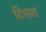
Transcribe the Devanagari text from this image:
विभाशा